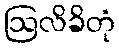
ဩလိခိတုံ